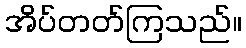
အိပ်တတ်ကြသည်။